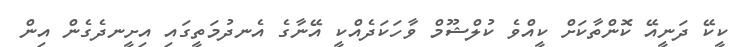
ކީކޭ ދަނީއޭ ކޮންތާކަށް ކީއްވެ ކުލްޝޫމް ވާހަކަދެއްކީ އޭނާގެ އެނދުމަތީގައި އިށީނދެގެން އިން